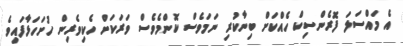
އެ މައްސަލަ ފޮރެންސިކް ހެއްކަށް ބިނާކުރި ނަމަވެސް ކޮންމެވެސް ވަރަކަށް ހެކިވެރިން ހުށަހަޅާފައިވެ